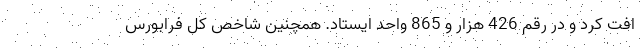
افت کرد و در رقم 426 هزار و 865 واحد ایستاد. همچنین شاخص کل فرابورس